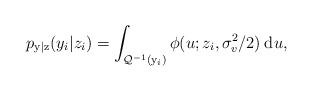
LaTeX: \begin{align*}p_{\mathrm{y}|\mathrm{z}}(y_i|z_i)=\int_{\mathcal{Q}^{-1}(\mathrm{y}_i)}\phi(u;z_i,\sigma_v^2/2)\:\mathrm{d}u,\end{align*}